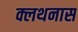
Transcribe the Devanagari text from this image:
क्लथनास